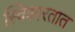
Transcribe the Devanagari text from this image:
स्विकारतात